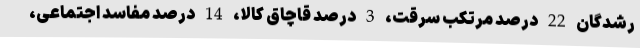
رشدگان 22 درصد مرتکب سرقت، 3 درصد قاچاق کالا، 14 درصد مفاسد اجتماعی،